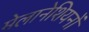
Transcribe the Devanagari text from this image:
मेलानेशियनों